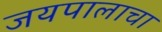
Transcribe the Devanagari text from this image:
जयपालाचा